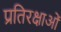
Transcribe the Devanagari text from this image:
प्रतिरक्षाओं